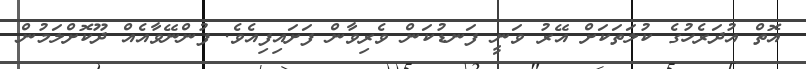
އޮތް އުދަރެހުގެ ކުލަތަކަށް އޭރު ވަނީ ފަނޑުކަން ވެރިވާން ފަށައިފިއެވެ. ފުންނޭވާއެއް ދޫކޮށްލަމުން